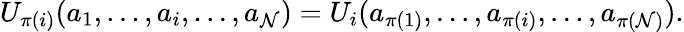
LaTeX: U_{\pi(i)}(a_{1},\ldots,a_{i},\ldots,a_{\mathcal{N}})=U_{i}(a_{\pi(1)},\ldots,a_{\pi(i)},\ldots,a_{\pi(\mathcal{N})}).